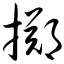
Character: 掷